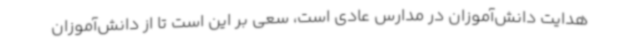
هدایت دانش‌آموزان در مدارس عادی است، سعی بر این است تا از دانش‌آموزان